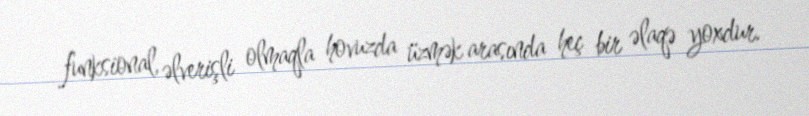
funksional, əlverişli olmaqla hovuzda üzmək arasında heç bir əlaqə yoxdur.